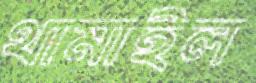
থামাইল